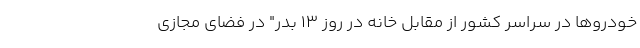
خودرو‌ها در سراسر کشور از مقابل خانه در روز ۱۳ بدر" در فضای مجازی